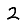
Digit: 2